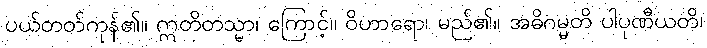
ပယ်တတ်ကုန်၏။ ဣတိတသ္မာ၊ ကြောင့်။ ဝိဟာရော၊ မည်၏။ အဓိဂမ္မတိ ပါပုဏီယတိ၊